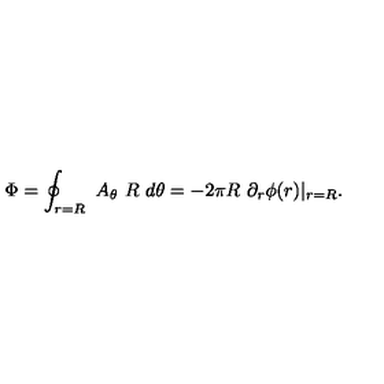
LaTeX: \Phi = \oint _ { r = R } \ A _ { \theta } \ R \ d \theta = - 2 \pi R \ \partial _ { r } \phi ( r ) \vert _ { r = R } .